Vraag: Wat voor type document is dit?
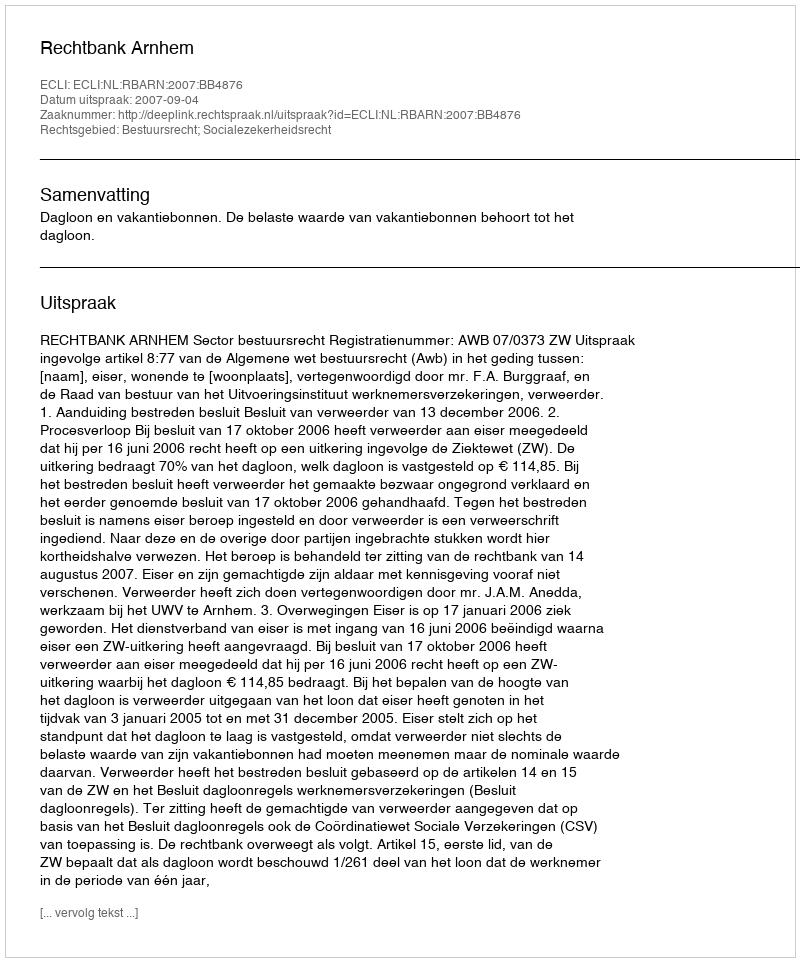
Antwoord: Uitspraak